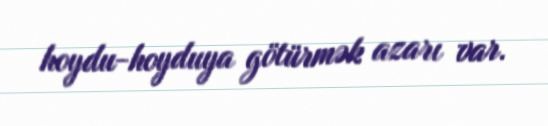
hoydu-hoyduya götürmək azarı var.